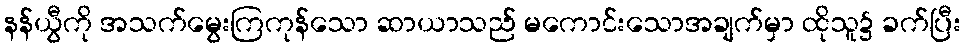
နန်ယွီကို အသက်မွေးကြကုန်သော ဆာယာသည် မကောင်းသောအချက်မှာ ထိုသူ၌ ခက်ပြီး